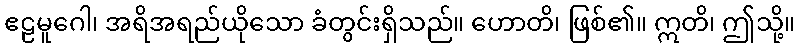
ဧဠမူဂေါ၊ အရိအရည်ယိုသော ခံတွင်းရှိသည်။ ဟောတိ၊ ဖြစ်၏။ ဣတိ၊ ဤသို့။